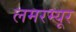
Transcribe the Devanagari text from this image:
लमरम्यूर